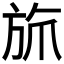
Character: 𬀄